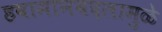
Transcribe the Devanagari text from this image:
हवामानबदलामुळे